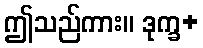
ဤသည်ကား။ ဒုက္ခ+